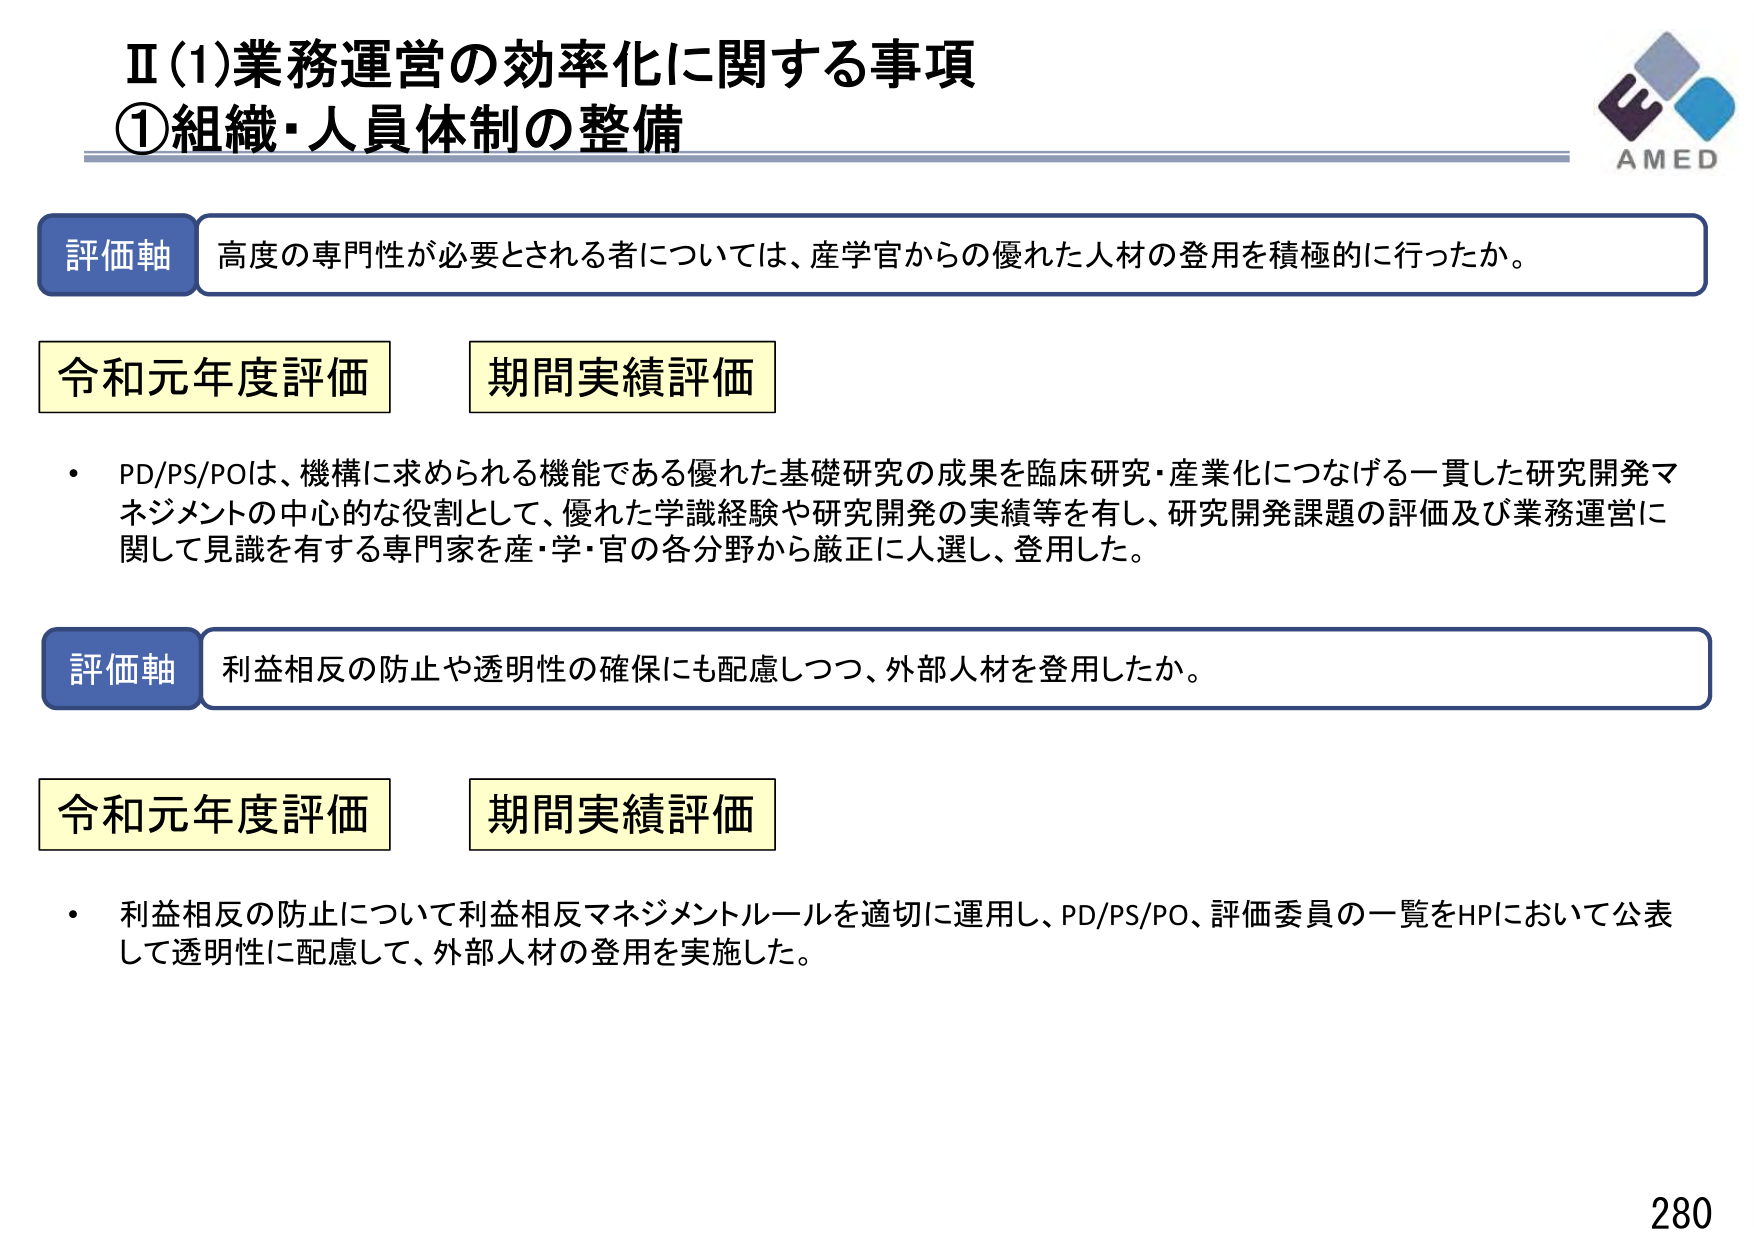
Ⅱ(1)業務運営の効率化に関する事項
①組織・人員体制の整備

評価軸 高度の専門性が必要とされる者については、産学官からの優れた人材の登用を積極的に行ったか。

令和元年度評価 期間実績評価
・ PD/PS/POは、機構に求められる機能である優れた基礎研究の成果を臨床研究・産業化につなげる一貫した研究開発マネジメントの中心的な役割として、優れた学識経験や研究開発の実績等を有し、研究開発課題の評価及び業務運営に関して見識を有する専門家を産・学・官の各分野から厳正に人選し、登用した。

評価軸 利益相反の防止や透明性の確保にも配慮しつつ、外部人材を登用したか。

令和元年度評価 期間実績評価
・ 利益相反の防止について利益相反マネジメントルールを適切に運用し、PD/PS/PO、評価委員の一覧をHPにおいて公表して透明性に配慮して、外部人材の登用を実施した。

AMED
280